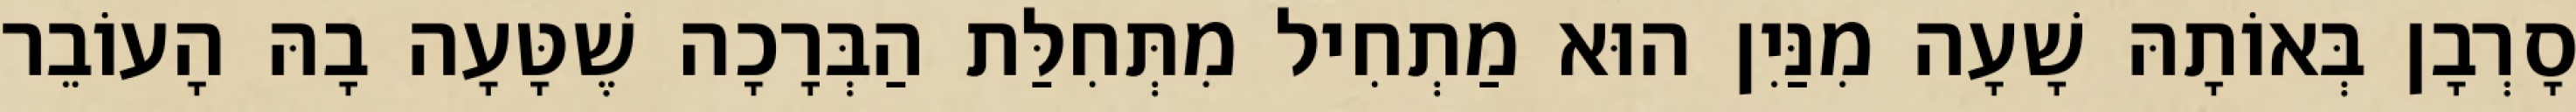
סָרְבָן בְּאוֹתָהּ שָׁעָה מִנַּיִן הוּא מַתְחִיל מִתְּחִלַּת הַבְּרָכָה שֶׁטָּעָה בָהּ הָעוֹבֵר